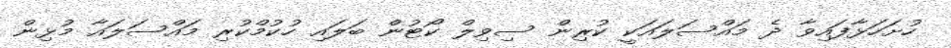
ހުށަހަޅާފައިވާ ދެ މައްސަލައަކީ ކުރިން ސިވިލް ކޯޓުން ބަލައި ހުކުމްކުރި މައްސަލައާ މުޅިން